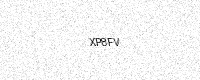
Text: XP8FV